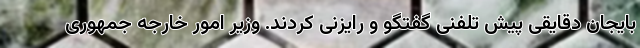
بایجان دقایقی پیش تلفنی گفتگو و رایزنی کردند. وزیر امور خارجه جمهوری